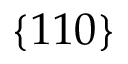
\{ 1 1 0 \}